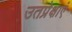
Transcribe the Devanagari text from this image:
उतप्रेक्षाएं